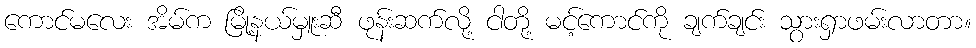
ကောင်မလေး အိမ်က မြို့နယ်မှူးဆီ ဖုန်းဆက်လို့ ငါတို့ မင့်ကောင်ကို ချက်ချင်း သွားရှာဖမ်းလာတာ။